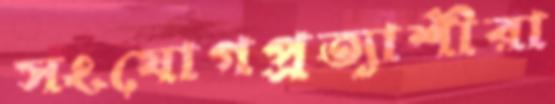
সংযোগপ্রত্যাশীরা